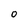
Character: 0